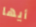
أيها